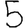
Digit: 5